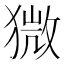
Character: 𤠦